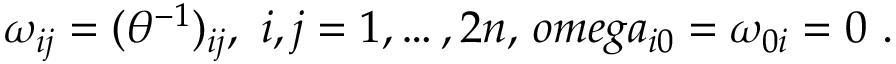
\omega _ { i j } = ( \theta ^ { - 1 } ) _ { i j } , \ i , j = 1 , \dots , 2 n , \, o m e g a _ { i 0 } = \omega _ { 0 i } = 0 \ .